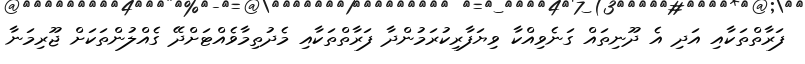
ފަރާތްތަކާއި އަދި އެ ދޫނިތައް ގަނެވިއްކާ ވިޔަފާރިކުރަމުންދާ ފަރާތްތަކާއި މެދުތިމާވެއްޓަށްދޭ ގެއްލުންތަކަށް ޖޫރިމަނާ